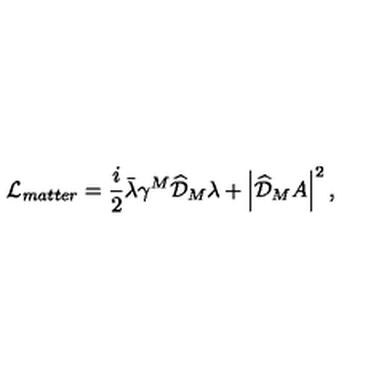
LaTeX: \mathcal { L } _ { m a t t e r } = \frac { i } { 2 } \bar { \lambda } \gamma ^ { M } \widehat { \mathcal { D } } _ { M } \lambda + \left| \widehat { \mathcal { D } } _ { M } A \right| ^ { 2 } ,